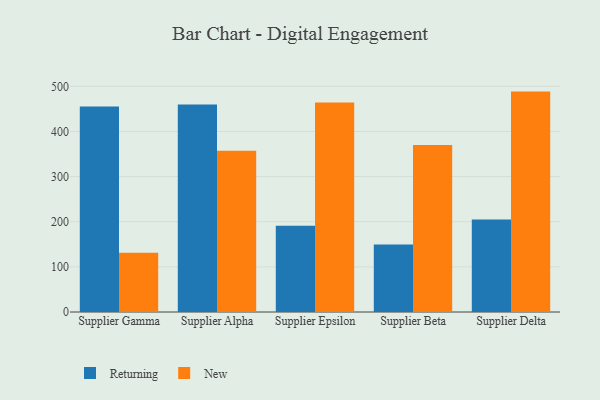
{"axis": {"x": "Supplier", "y": "Page Views"}, "legend": ["New", "Returning"], "data": [{"x": "Supplier Gamma", "y": 455.5, "type": "Returning"}, {"x": "Supplier Gamma", "y": 131.5, "type": "New"}, {"x": "Supplier Alpha", "y": 459.5, "type": "Returning"}, {"x": "Supplier Alpha", "y": 357.0, "type": "New"}, {"x": "Supplier Epsilon", "y": 191.0, "type": "Returning"}, {"x": "Supplier Epsilon", "y": 464.3, "type": "New"}, {"x": "Supplier Beta", "y": 149.3, "type": "Returning"}, {"x": "Supplier Beta", "y": 370.1, "type": "New"}, {"x": "Supplier Delta", "y": 204.7, "type": "Returning"}, {"x": "Supplier Delta", "y": 488.3, "type": "New"}]}